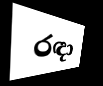
රඳා